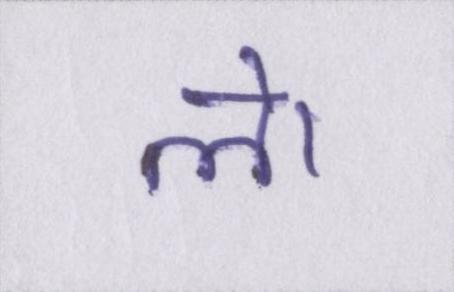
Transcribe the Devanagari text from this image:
ले।